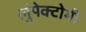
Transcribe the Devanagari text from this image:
लुंपेक्टोमी